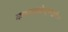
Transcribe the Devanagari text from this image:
कानाकोपर्‍यातील